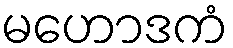
မဟောဒကံ